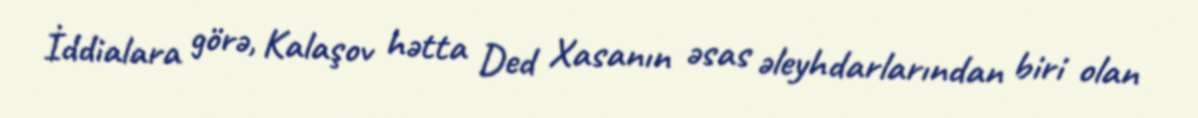
İddialara görə, Kalaşov hətta Ded Xasanın əsas əleyhdarlarından biri olan